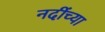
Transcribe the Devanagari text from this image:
नदींच्या